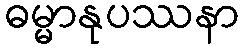
ဓမ္မာနုပဿနာ